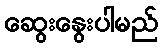
ဆွေးနွေးပါမည်